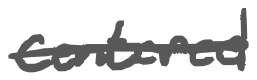
Text: centered
Cross-out: single-line
Writing tool: digital_gray